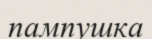
пампушка